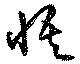
悟